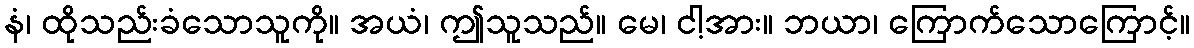
နံ၊ ထိုသည်းခံသောသူကို။ အယံ၊ ဤသူသည်။ မေ၊ ငါ့အား။ ဘယာ၊ ကြောက်သောကြောင့်။